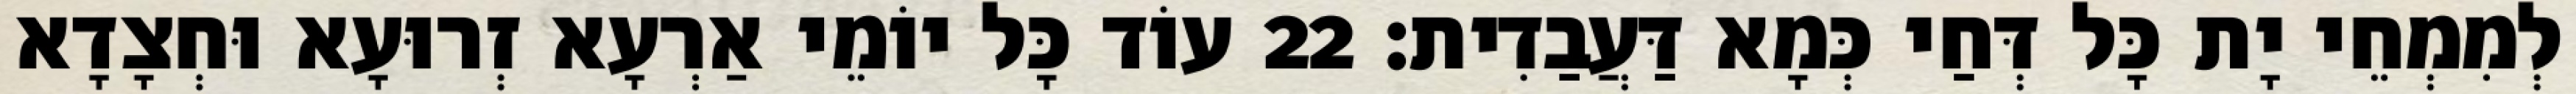
לְמִמְחֵי יָת כָּל דְּחַי כְּמָא דַּעֲבַדִית׃ 22 עוֹד כָּל יוֹמֵי אַרְעָא זְרוּעָא וּחְצָדָא